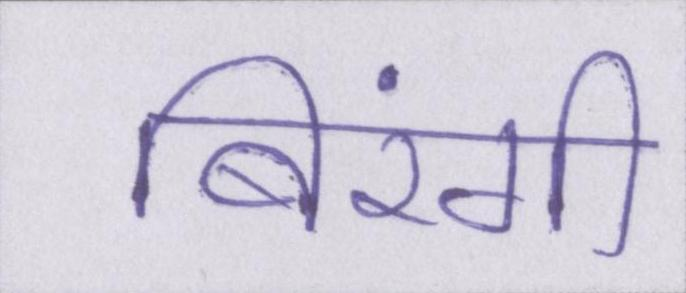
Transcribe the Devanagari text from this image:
बिरंगी